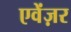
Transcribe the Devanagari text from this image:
एवेंज़र